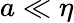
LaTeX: a\ll\eta